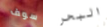
سوف البحر